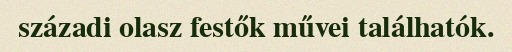
századi olasz festők művei találhatók.